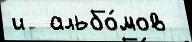
и  альбо́мов